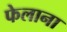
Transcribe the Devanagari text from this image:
फेलाना